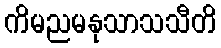
ကိမညမနုသာသသီတိ